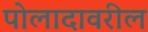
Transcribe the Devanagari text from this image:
पोलादावरील